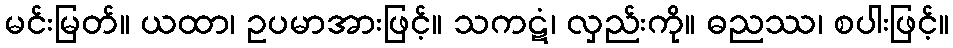
မင်းမြတ်။ ယထာ၊ ဥပမာအားဖြင့်။ သကဋံ၊ လှည်းကို။ ဓညဿ၊ စပါးဖြင့်။